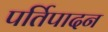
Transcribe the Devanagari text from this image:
पर्तिपादन